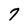
Character: 7